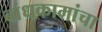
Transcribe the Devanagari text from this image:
बांधकामांचा